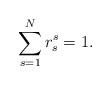
LaTeX: \begin{align*}\sum_{s=1}^{N}r_{s}^{s} = 1. \end{align*}